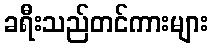
ခရီးသည်တင်ကားများ